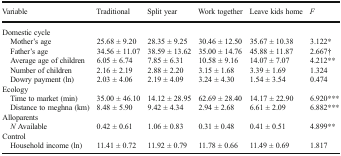
<table><thead><tr><td><b>Variable</b></td><td><b>Traditional</b></td><td><b>Split year</b></td><td><b>Work together</b></td><td><b>Leave kids home</b></td><td><b><i>F</i></b></td></tr></thead><tbody><tr><td colspan="6">Domestic cycle</td></tr><tr><td> Mother’s age</td><td>25.68 ± 9.20</td><td>28.35 ± 9.25</td><td>30.46 ± 12.50</td><td>35.67 ± 10.38</td><td>3.122*</td></tr><tr><td> Father’s age</td><td>34.56 ± 11.07</td><td>38.59 ± 13.62</td><td>35.00 ± 14.76</td><td>45.88 ± 11.87</td><td>2.667†</td></tr><tr><td> Average age of children</td><td>6.05 ± 6.74</td><td>7.85 ± 6.31</td><td>10.58 ± 9.16</td><td>14.07 ± 7.07</td><td>4.212**</td></tr><tr><td> Number of children</td><td>2.16 ± 2.19</td><td>2.88 ± 2.20</td><td>3.15 ± 1.68</td><td>3.39 ± 1.69</td><td>1.324</td></tr><tr><td> Dowry payment (ln)</td><td>2.03 ± 4.06</td><td>2.19 ± 4.09</td><td>3.24 ± 4.30</td><td>1.54 ± 3.54</td><td>0.474</td></tr><tr><td colspan="6">Ecology</td></tr><tr><td> Time to market (min)</td><td>35.00 ± 46.10</td><td>14.12 ± 28.95</td><td>62.69 ± 28.40</td><td>14.17 ± 22.90</td><td>6.920***</td></tr><tr><td> Distance to meghna (km)</td><td>8.48 ± 5.90</td><td>9.42 ± 4.34</td><td>2.94 ± 2.68</td><td>6.61 ± 2.09</td><td>6.882***</td></tr><tr><td colspan="6">Alloparents</td></tr><tr><td> <i>N</i> Available</td><td>0.42 ± 0.61</td><td>1.06 ± 0.83</td><td>0.31 ± 0.48</td><td>0.41 ± 0.51</td><td>4.899**</td></tr><tr><td colspan="6">Control</td></tr><tr><td> Household income (ln)</td><td>11.41 ± 0.72</td><td>11.92 ± 0.79</td><td>11.78 ± 0.66</td><td>11.49 ± 0.69</td><td>1.817</td></tr></tbody></table>